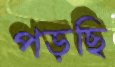
পড়ছি